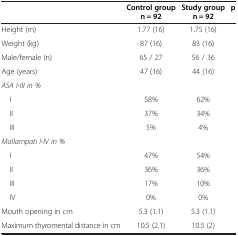
|  | Control group n = 92 | Study group n = 92 | p |
 | --- | --- | --- | --- |
 | Height (m) | 1.77 (16) | 1.75 (16) |  |
 | Weight (kg) | 87 (16) | 83 (16) |  |
 | Male/female (n) | 65 / 27 | 56 / 36 |  |
 | Age (years) | 47 (16) | 44 (16) |  |
 | ASA I-III in % |  |  |  |
 | I | 58% | 62% |  |
 | II | 37% | 34% |  |
 | III | 5% | 4% |  |
 | Mallampati I-IV in % |  |  |  |
 | I | 47% | 54% |  |
 | II | 36% | 36% |  |
 | III | 17% | 10% |  |
 | IV | 0% | 0% |  |
 | Mouth opening in cm | 5.3 (1.1) | 5.3 (1.1) |  |
 | Maximum thyromental distance in cm | 10.5 (2.1) | 10.5 (2) |  |